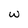
Character: w